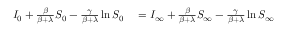
\begin{array} { r l } { I _ { 0 } + \frac { \beta } { \beta + \lambda } S _ { 0 } - \frac { \gamma } { \beta + \lambda } \ln S _ { 0 } } & { { } = I _ { \infty } + \frac { \beta } { \beta + \lambda } S _ { \infty } - \frac { \gamma } { \beta + \lambda } \ln S _ { \infty } } \end{array}